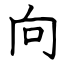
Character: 向